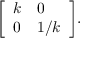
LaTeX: { \left[ \begin{array} { l l } { k } & { 0 } \\ { 0 } & { 1 / k } \end{array} \right] } .